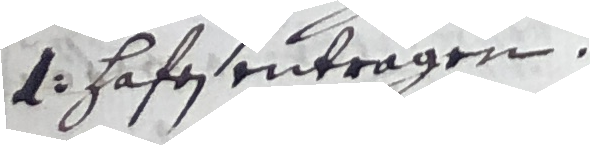
a. Hafen entragen.